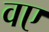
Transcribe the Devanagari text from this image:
वए